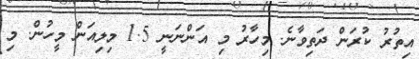
އިތުރު ކުރަން ދަތިވާނެ. މިހާރު މި އަންނަނީ 1.5 މިލިއަން މީހުން. މި